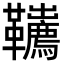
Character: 𩎇